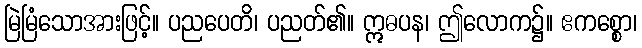
မြဲမြံသောအားဖြင့်။ ပညပေတိ၊ ပညတ်၏။ ဣဓပန၊ ဤလောက၌။ ဧကစ္စော၊